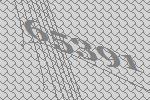
65391